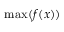
\operatorname* { m a x } ( f ( x ) )